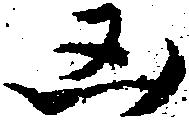
凶